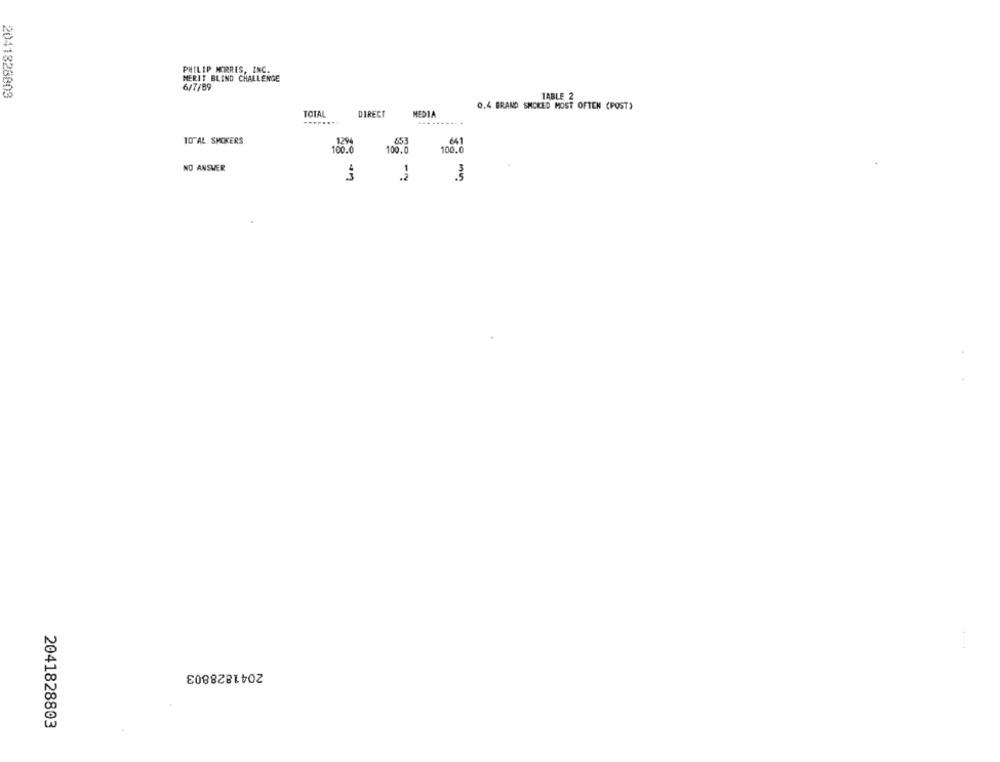
PHILIP MORRIS, INC.
MERIT BLIND CHALLENGE
6/7/89
2041828803
TABLE 2
0.4 BRAND SMOKED MOST OFTEN (POST)
TOTAL
DIRECT
MEDIA
TOTAL SMOKERS
1294
641
100.0
100.0
100.0
NO ANSWER
2041828803
2041828803